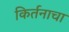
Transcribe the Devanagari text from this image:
किर्तनाचा